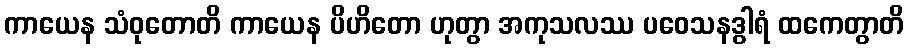
ကာယေန သံဝုတောတိ ကာယေန ပိဟိတော ဟုတွာ အကုသလဿ ပဝေသနဒွါရံ ထကေတွာတိ